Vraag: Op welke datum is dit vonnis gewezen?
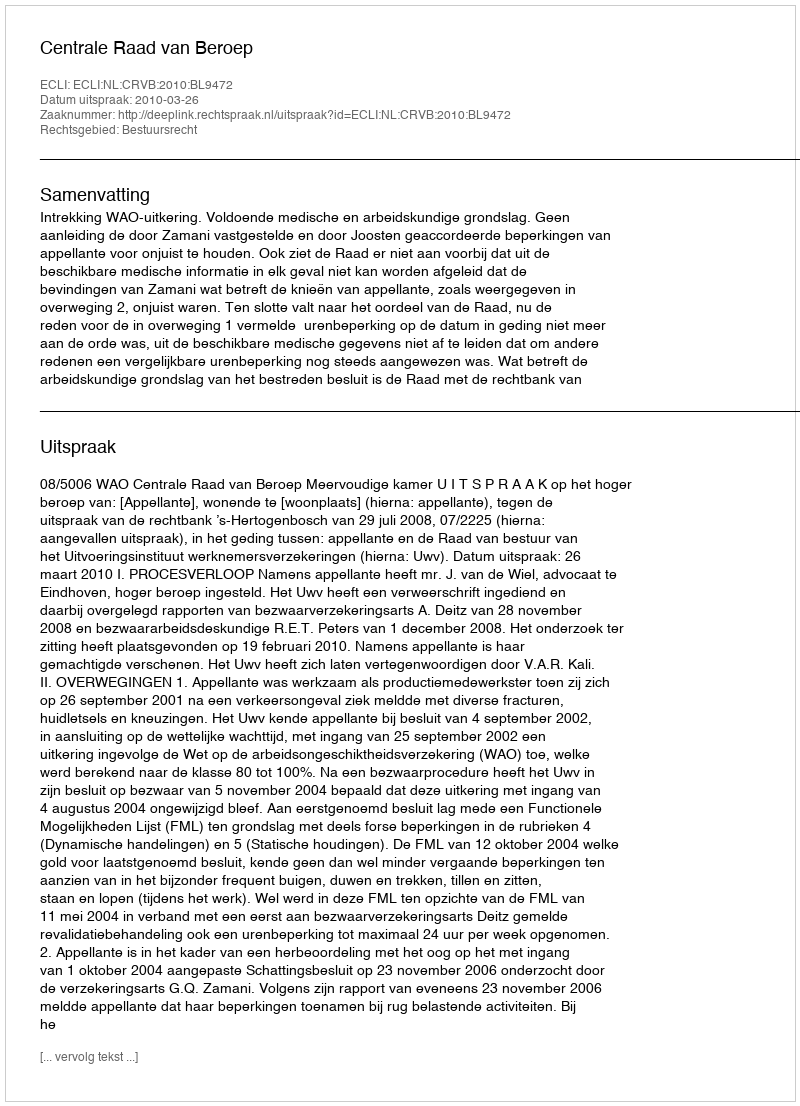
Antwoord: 2010-03-26